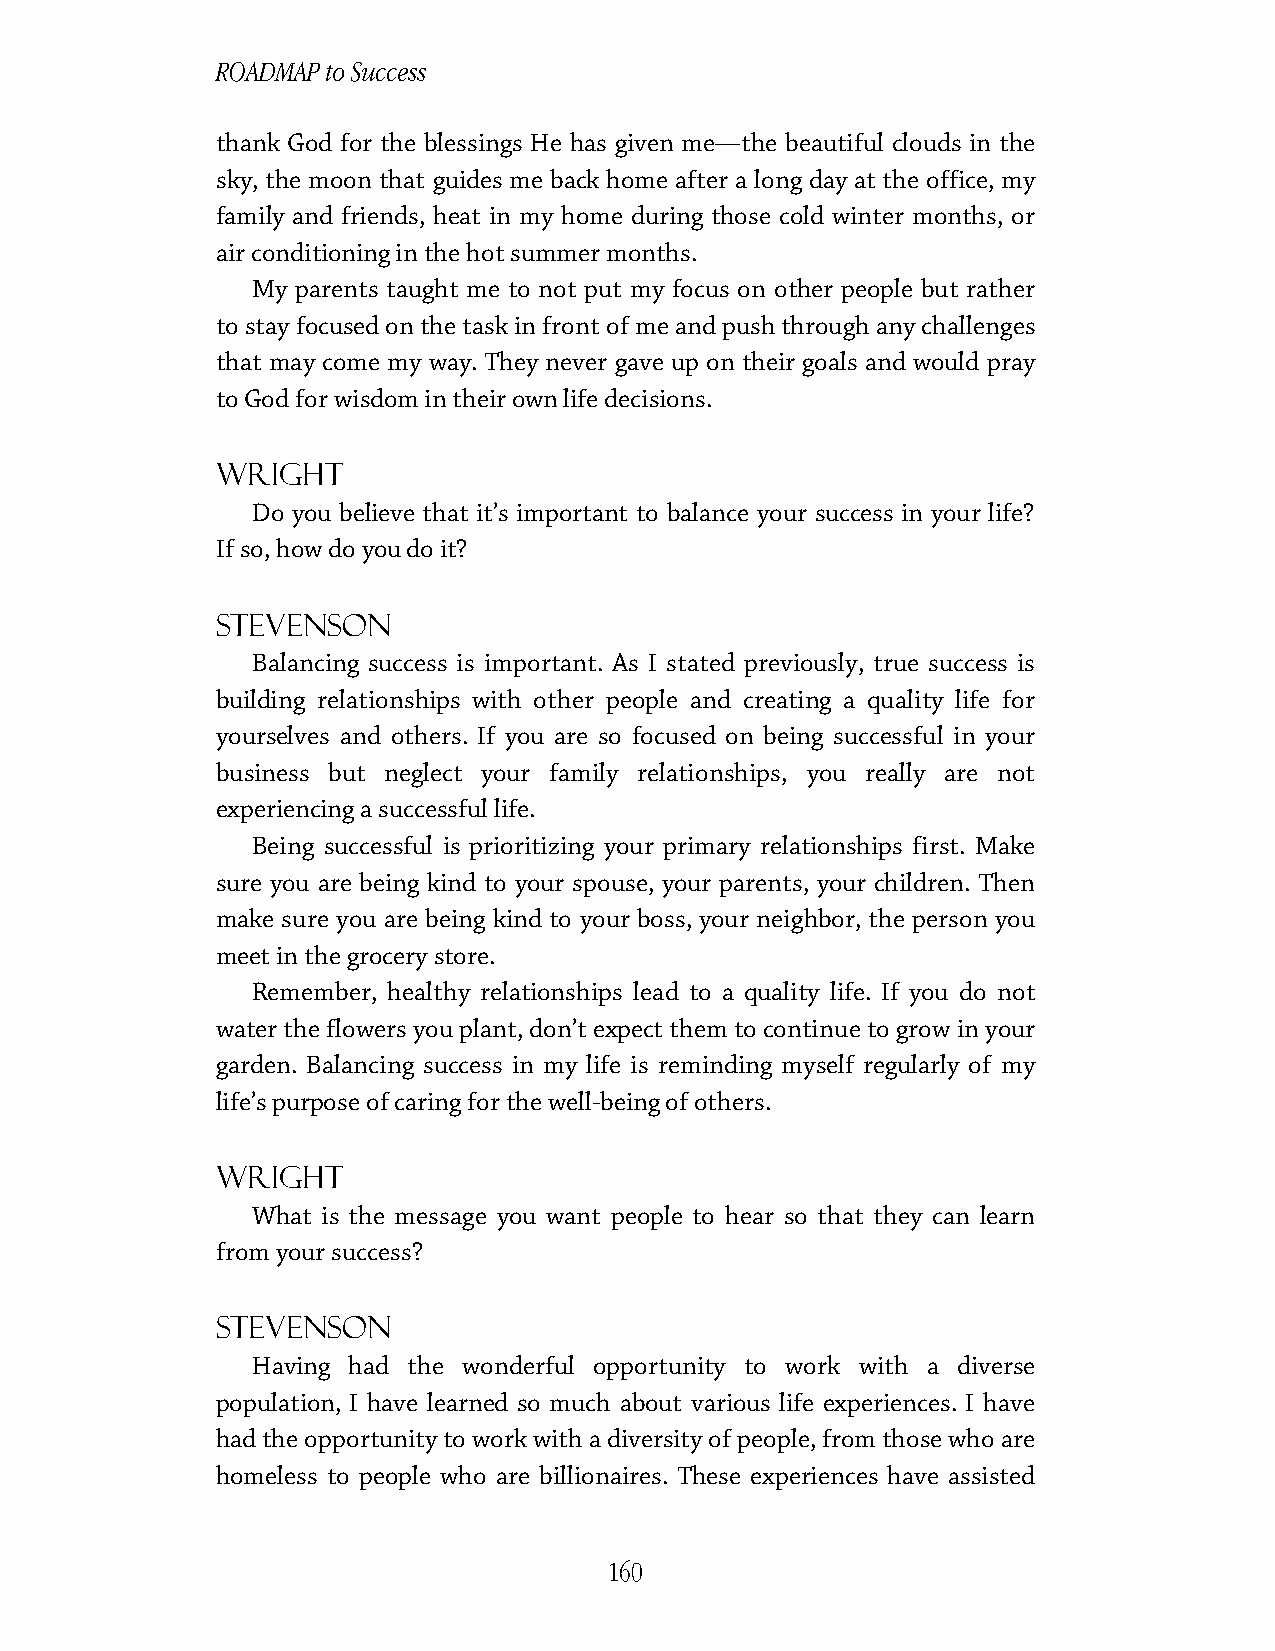
ROADMAP to Success
 thank God for the blessings He has given me—the beautiful clouds in the
 sky, the moon that guides me back home after a long day at the office, my
 family and friends, heat in my home during those cold winter months, or
 air conditioning in the hot summer months.
 My parents taught me to not put my focus on other people but rather
 to stay focused on the task in front of me and push through any challenges
 that may come my way. They never gave up on their goals and would pray
 to God for wisdom in their own life decisions.
 Wright
 Do you believe that it’s important to balance your success in your life?
 If so, how do you do it?
 Stevenson
 Balancing success is important. As I stated previously, true success is
 building relationships with other people and creating a quality life for
 yourselves and others. If you are so focused on being successful in your
 business but neglect your family relationships, you really are not
 experiencing a successful life.
 Being successful is prioritizing your primary relationships first. Make
 sure you are being kind to your spouse, your parents, your children. Then
 make sure you are being kind to your boss, your neighbor, the person you
 meet in the grocery store.
 Remember, healthy relationships lead to a quality life. If you do not
 water the flowers you plant, don’t expect them to continue to grow in your
 garden. Balancing success in my life is reminding myself regularly of my
 life’s purpose of caring for the well-being of others.
 Wright
 What is the message you want people to hear so that they can learn
 from your success?
 Stevenson
 Having had the wonderful opportunity to work with a diverse
 population, I have learned so much about various life experiences. I have
 had the opportunity to work with a diversity of people, from those who are
 homeless to people who are billionaires. These experiences have assisted
 160